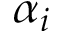
\alpha _ { i }